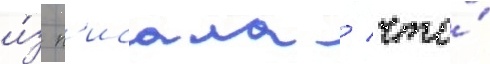
и́з п'исала / что́